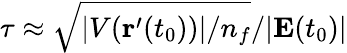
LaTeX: \tau\approx\sqrt{|V({\textbf{r}}^{\prime}(t_{0}))|/n_{f}}/|\textbf{E}(t_{0})|